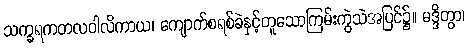
သက္ခရကတလဝါလိကာယ၊ ကျောက်စရစ်ခဲနှင့်တူသောကြမ်းကွဲသဲအပြင်၌။ မဒ္ဒိတွာ၊